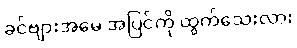
ခင်ဗျားအမေ အပြင်ကို ထွက်သေးလား